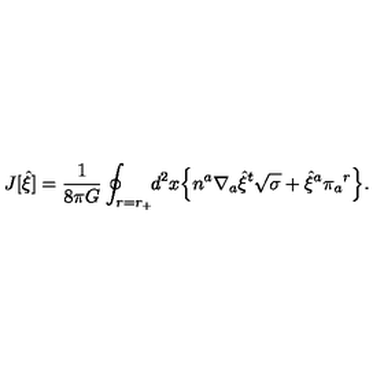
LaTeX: J [ { \hat { \xi } } ] = { \frac { 1 } { 8 \pi G } } \oint _ { r = r _ { + } } \! \! d ^ { 2 } x \Bigl \{ n ^ { a } \nabla _ { a } { \hat { \xi } } ^ { t } \sqrt { \sigma } + { \hat { \xi } } ^ { a } \pi _ { a } { } ^ { r } \Bigr \} .